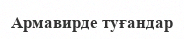
Армавирде туғандар